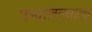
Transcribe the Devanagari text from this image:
पञ्चसंवत्सरात्क